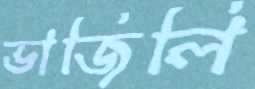
ভাজিলি